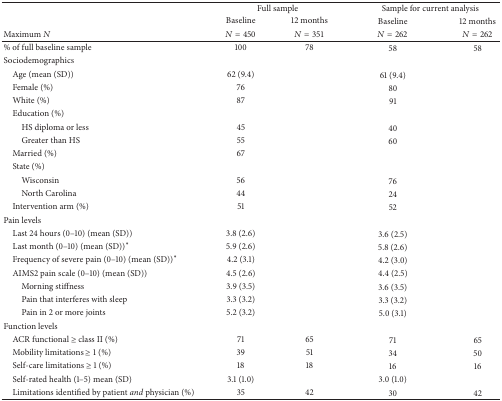
<table><thead><tr><td><b> </b></td><td colspan="2"><b>Full sample</b></td><td colspan="2"><b>Sample for current analysis</b></td></tr><tr><td><b> </b></td><td><b>Baseline</b></td><td><b>12 months</b></td><td><b>Baseline</b></td><td><b>12 months</b></td></tr><tr><td><b>Maximum <i>N</i></b></td><td><b><i>N</i> = 450</b></td><td><b><i>N</i> = 351</b></td><td><b><i>N</i> = 262</b></td><td><b><i>N</i> = 262</b></td></tr></thead><tbody><tr><td>% of full baseline sample</td><td>100</td><td>78</td><td>58</td><td>58</td></tr><tr><td>Sociodemographics</td><td> </td><td> </td><td> </td><td> </td></tr><tr><td> Age (mean (SD))</td><td>62 (9.4)</td><td> </td><td>61 (9.4)</td><td> </td></tr><tr><td> Female (%)</td><td>76</td><td> </td><td>80</td><td> </td></tr><tr><td> White (%)</td><td>87</td><td> </td><td>91</td><td> </td></tr><tr><td> Education (%)</td><td> </td><td> </td><td> </td><td> </td></tr><tr><td>HS diploma or less</td><td>45</td><td> </td><td>40</td><td> </td></tr><tr><td>Greater than HS</td><td>55</td><td> </td><td>60</td><td> </td></tr><tr><td> Married (%)</td><td>67</td><td> </td><td> </td><td> </td></tr><tr><td> State (%)</td><td> </td><td> </td><td> </td><td> </td></tr><tr><td>Wisconsin</td><td>56</td><td> </td><td>76</td><td> </td></tr><tr><td>North Carolina</td><td>44</td><td> </td><td>24</td><td> </td></tr><tr><td> Intervention arm (%)</td><td>51</td><td> </td><td>52</td><td> </td></tr><tr><td>Pain levels</td><td> </td><td> </td><td> </td><td> </td></tr><tr><td> Last 24 hours (0–10) (mean (SD))</td><td>3.8 (2.6)</td><td> </td><td>3.6 (2.5)</td><td> </td></tr><tr><td> Last month (0–10) (mean (SD))<sup><i>∗</i></sup></td><td>5.9 (2.6)</td><td> </td><td>5.8 (2.6)</td><td> </td></tr><tr><td> Frequency of severe pain (0–10) (mean (SD))<sup><i>∗</i></sup></td><td>4.2 (3.1)</td><td> </td><td>4.2 (3.0)</td><td> </td></tr><tr><td> AIMS2 pain scale (0–10) (mean (SD))</td><td>4.5 (2.6)</td><td> </td><td>4.4 (2.5)</td><td> </td></tr><tr><td>Morning stiffness</td><td>3.9 (3.5)</td><td> </td><td>3.6 (3.5)</td><td> </td></tr><tr><td>Pain that interferes with sleep</td><td>3.3 (3.2)</td><td> </td><td>3.3 (3.2)</td><td> </td></tr><tr><td>Pain in 2 or more joints</td><td>5.2 (3.2)</td><td> </td><td>5.0 (3.1)</td><td> </td></tr><tr><td>Function levels</td><td> </td><td> </td><td> </td><td> </td></tr><tr><td> ACR functional ≥ class II (%)</td><td>71</td><td>65</td><td>71</td><td>65</td></tr><tr><td> Mobility limitations ≥ 1 (%)</td><td>39</td><td>51</td><td>34</td><td>50</td></tr><tr><td> Self-care limitations ≥ 1 (%)</td><td>18</td><td>18</td><td>16</td><td>16</td></tr><tr><td> Self-rated health (1–5) mean (SD)</td><td>3.1 (1.0)</td><td> </td><td>3.0 (1.0)</td><td> </td></tr><tr><td> Limitations identified by patient <i>and</i> physician (%)</td><td>35</td><td>42</td><td>30</td><td>42</td></tr></tbody></table>